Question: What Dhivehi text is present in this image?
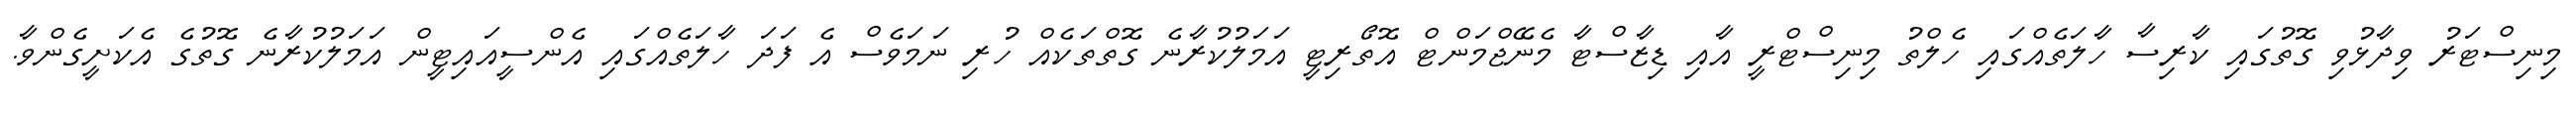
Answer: މިނިސްޓަރު ވިދާޅުވި ގޮތުގައި ކާރިސާ ހާލަތެއްގައި ހެލްތު މިނިސްޓްރީ އާއި ޑިޒާސްޓާ މެނޭޖްމަންޓް އޮތޯރިޓީ އަމަލުކުރާނެ ގޮތްތަކެއް ހުރި ނަމަވެސް އެ ފަދަ ހާލަތެއްގައި އެންސީއައިޓީން އަމަލުކުރާނެ ގޮތުގެ އެކަށީގެންވާ.